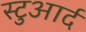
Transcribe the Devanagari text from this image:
स्टुआर्द